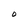
Character: O